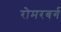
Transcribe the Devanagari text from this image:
रोमरबर्ग